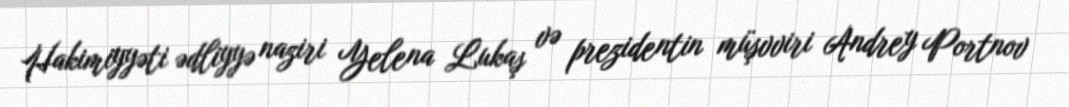
Hakimiyyəti ədliyyə naziri Yelena Lukaş və prezidentin müşvviri Andrey Portnov